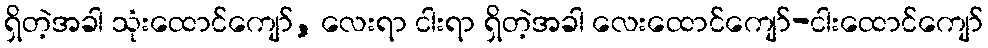
ရှိတဲ့အခါ သုံးထောင်ကျော်, လေးရာ ငါးရာ ရှိတဲ့အခါ လေးထောင်ကျော်-ငါးထောင်ကျော်